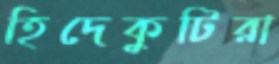
হিদেকুটিরা